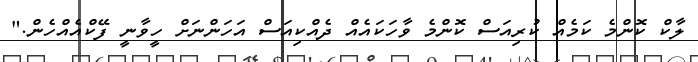
ލާކް ކޮންމެ ކަމެއް ކުރިއަސް ކޮންމެ ވާހަކައެއް ދެއްކިއަސް އަހަންނަށް ހީވާނީ ފޭކްއެއްހެން."